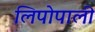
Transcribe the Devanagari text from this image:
लिपोपाली